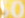
50